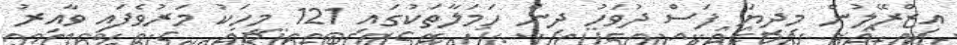
އިޒްރޭލުން މިދިޔަ ފަސް ދުވަހު ދިން ހަމަލާތަކުގައި 121 މީހަކު މަރުވެފައި ވާއިރު